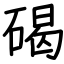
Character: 碣